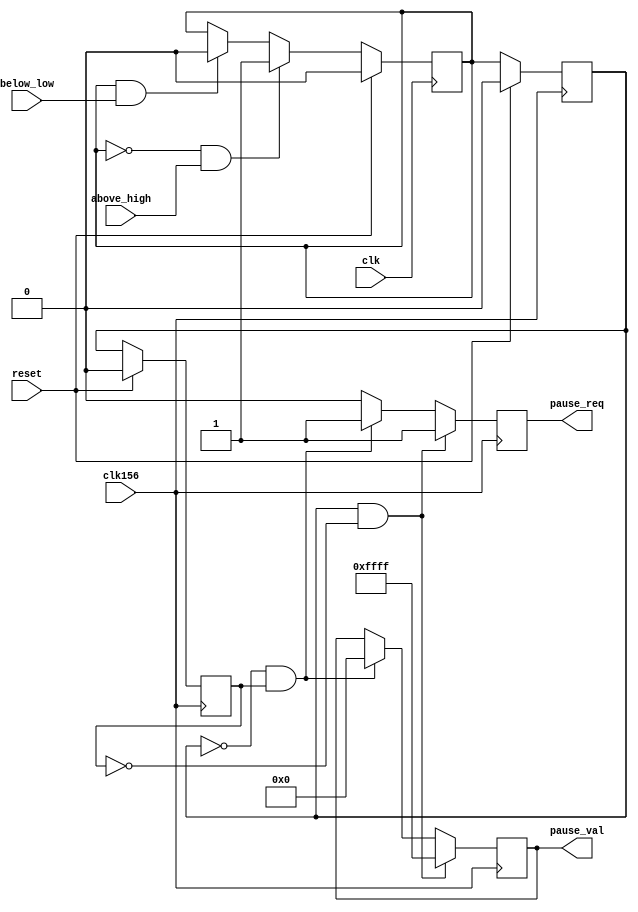
module flow_ctrl(
    input reset,

    // Packet FIFO side //
    input clk,
    input below_low,
    input above_high,
    
    // MAC side //
    input clk156,
    output reg pause_req = 0,
    output reg [15:0] pause_val
    );
    
  reg state = 0;
  reg state156 = 0;
  reg state156_old = 0;
  
  always @(posedge clk) begin
    if (reset)
      state <= 0;
    else if (!state && above_high)
      state <= 1;
    else if (state && below_low)
      state <= 0;
  end
  
  always @(posedge clk156) begin
    if (!reset) begin
      state156 <= state;
      state156_old <= state156;
    end else begin
      state156 <= 0;
      state156_old <= 0;
    end
  end
  
  always @(posedge clk156) begin
    pause_req <= 0;
    if (state156 && !state156_old) begin
      pause_req <= 1;
      pause_val <= 16'hFFFF;
    end
    else if (!state156 && state156_old) begin
      pause_req <= 1;
      pause_val <= 16'h0000;    
    end
  end

endmodule